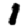
Digit: 1